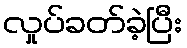
လှုပ်ခတ်ခဲ့ပြီး